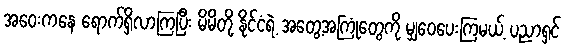
အဝေးကနေ ရောက်ရှိလာကြပြီး မိမိတို့ နိုင်ငံရဲ့ အတွေ့အကြုံတွေကို မျှဝေပေးကြမယ့် ပညာရှင်